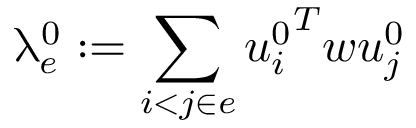
\uplambda _ { e } ^ { 0 } : = \sum _ { i < j \in e } { u _ { i } ^ { 0 } } ^ { T } w u _ { j } ^ { 0 }